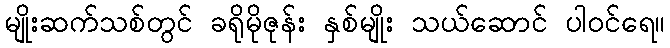
မျိုးဆက်သစ်တွင် ခရိုမိုဇုန်း နှစ်မျိုး သယ်ဆောင် ပါဝင်ရေ။